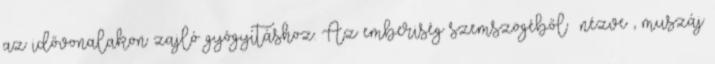
az idővonalakon zajló gyógyításhoz. Az emberiség szemszögéből nézve , muszáj